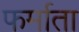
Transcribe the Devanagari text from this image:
फर्माता